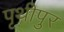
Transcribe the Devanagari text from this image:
पृथीपुर